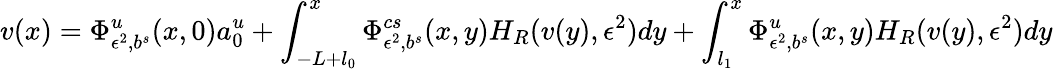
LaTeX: v(x)=\Phi_{\epsilon^{2},b^{s}}^{u}(x,0)a_{0}^{u}+\int_{-L+l_{0}}^{x}\Phi_{\epsilon^{2},b^{s}}^{cs}(x,y)H_{R}(v(y),\epsilon^{2})dy+\int_{l_{1}}^{x}\Phi_{\epsilon^{2},b^{s}}^{u}(x,y)H_{R}(v(y),\epsilon^{2})dy